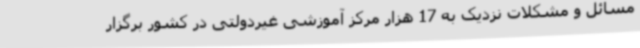
مسائل و مشکلات نزدیک به 17 هزار مرکز آموزشی غیردولتی در کشور برگزار